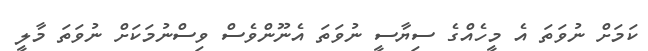
ކަމަށް ނުވަތަ އެ މީހެއްގެ ސިޔާސީ ނުވަތަ އެނޫންވެސް ވިސްނުމަކަށް ނުވަތަ މާލީ